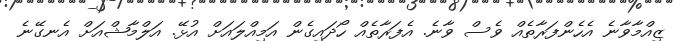
ޒިއްމާވާނެ އެހެންފަރާތެއް ވެސް ވާނެ. އެފަރާތެއް ހޯދައިގެން އަމިއްލައަށް އުޅޭ. އަލްމާޝްއަށް އެނގޭނެ